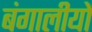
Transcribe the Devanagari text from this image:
बंगालीयों